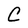
Character: C